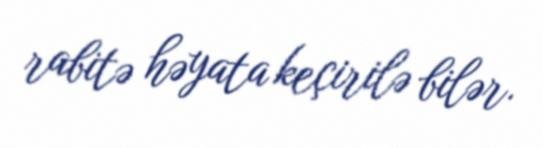
rabitə həyata keçirilə bilər.